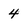
Character: 4